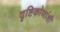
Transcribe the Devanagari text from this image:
दृष्टिकोणांशी